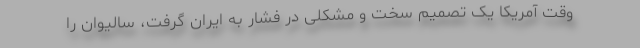
وقت آمریکا یک تصمیم سخت و مشکلی در فشار به ایران گرفت، سالیوان را